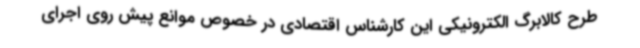
طرح کالابرگ الکترونیکی این کارشناس اقتصادی در خصوص موانع پیش روی اجرای